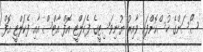
ސޯސަންގެ ހުސްކޮށްފައި ވާއިރު ޔުނިވަސިޓީގެ ފެކަލްޓީ އޮފް އާޓްސް އާއި ފެކަލްޓީ އޮފް